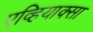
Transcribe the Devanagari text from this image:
एव्हियाक्सा